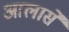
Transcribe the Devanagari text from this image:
आलासे